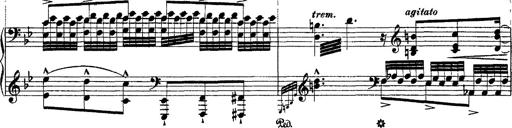
Title: Ã‰tudes d'exÃ©cution transcendante d'aprÃ¨s Paganini
Composer: Franz Liszt